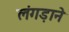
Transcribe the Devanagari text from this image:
लंगड़ाने